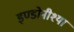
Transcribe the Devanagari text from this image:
इण्डोनीश्या